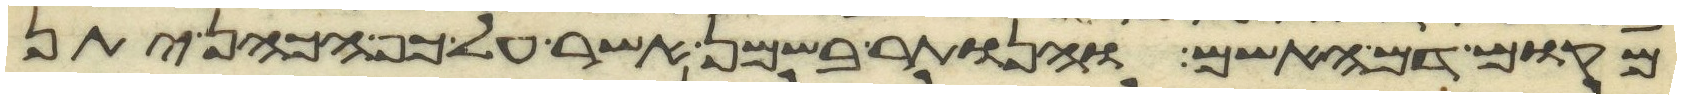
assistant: מקום דם האשם והנותר בשמן אשר על כף הכהן יתן